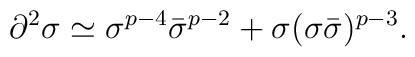
\partial^2\sigma \simeq \sigma^{p-4} \bar{\sigma}^{p-2}+ \sigma(\sigma \bar{\sigma})^{p-3}.